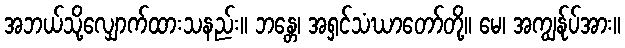
အဘယ်သို့လျှောက်ထားသနည်း။ ဘန္တေ၊ အရှင်သံဃာတော်တို့။ မေ၊ အကျွန်ုပ်အား။